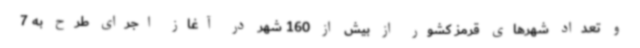
و تعداد شهرهای قرمز کشور از بیش از 160 شهر در آغاز اجرای طرح به 7